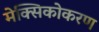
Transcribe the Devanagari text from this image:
मेक्सिकोकरण